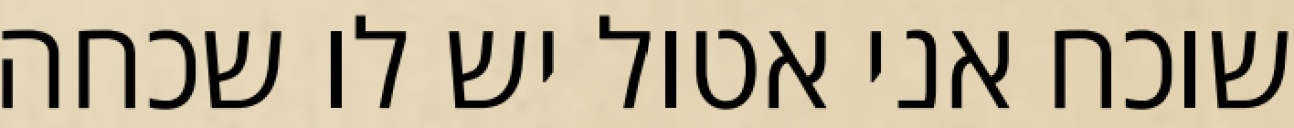
שוכח אני אטול יש לו שכחה